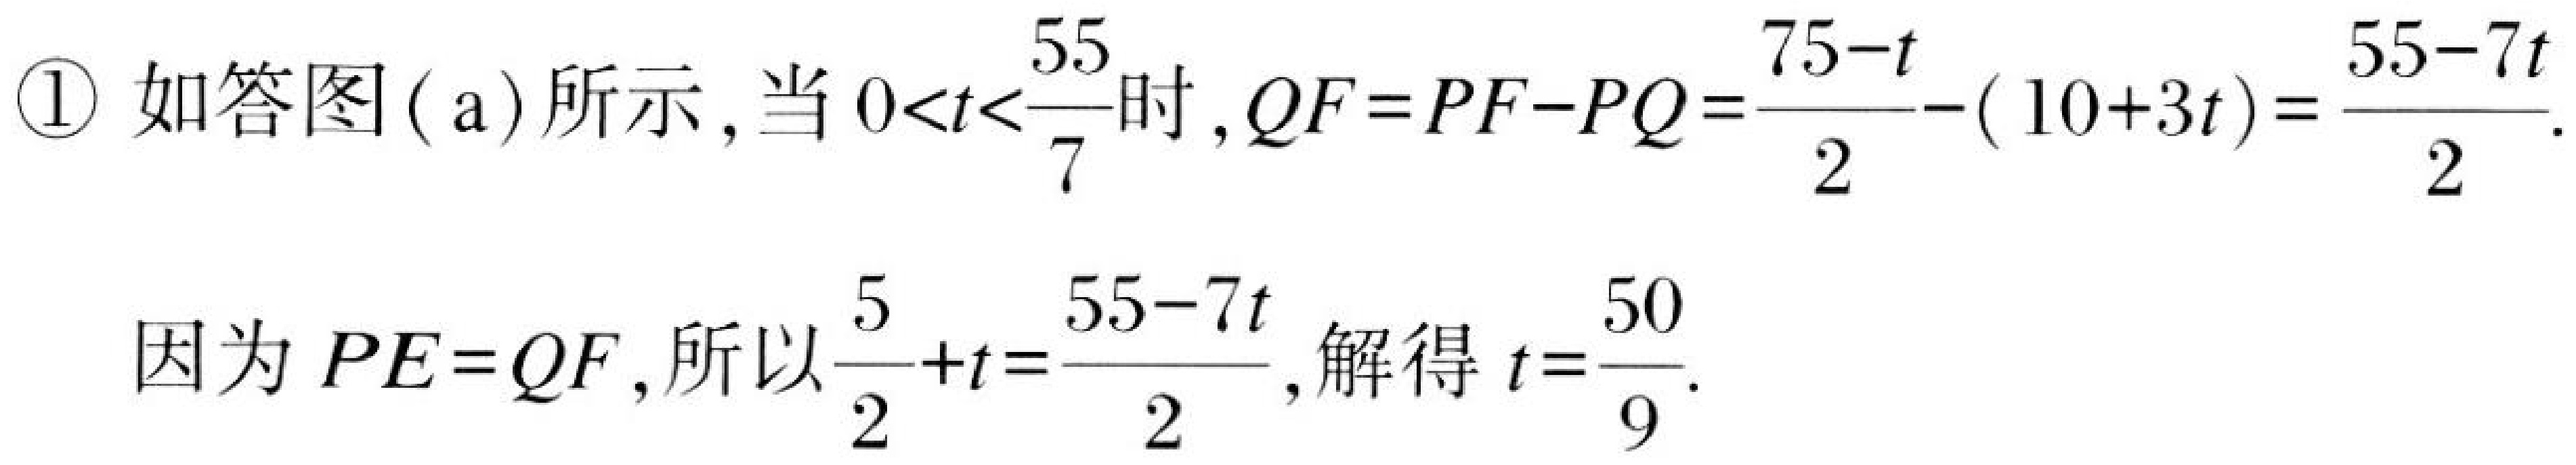
\textcircled{1} 如答图( a)所示，当\(0<t<\dfrac{55}{7}\)时，\(QF = PF - PQ=\dfrac{75 - t}{2}-(10 + 3t)=\dfrac{55 - 7t}{2}\).
因为\(PE = QF\)，所以\(\dfrac{5}{2}+t=\dfrac{55 - 7t}{2}\)，解得\(t=\dfrac{50}{9}\).